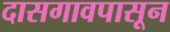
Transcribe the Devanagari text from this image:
दासगावपासून